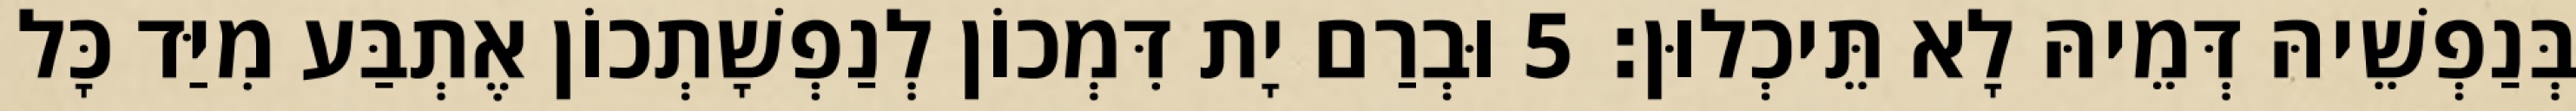
בְּנַפְשֵׁיהּ דְּמֵיהּ לָא תֵּיכְלוּן׃ 5 וּבְרַם יָת דִּמְכוֹן לְנַפְשָׁתְכוֹן אֶתְבַּע מִיַּד כָּל